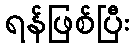
ရန်ဖြစ်ပြီး